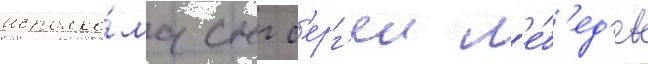
исполко́ма снг с'ерг'еи л'е́б'ед'ев